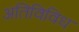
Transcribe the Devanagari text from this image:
अतिविविध